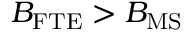
B _ { \mathrm { F T E } } > B _ { \mathrm { M S } }